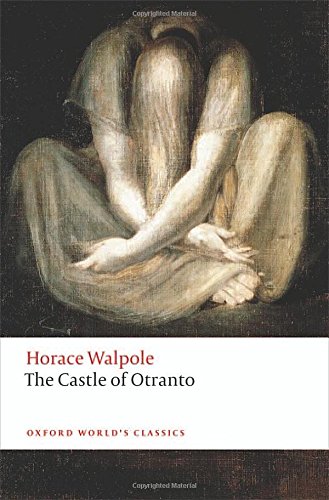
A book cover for The Castle of Otranto: A Gothic Story (Oxford World's Classics); Horace Walpole; Literature & Fiction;